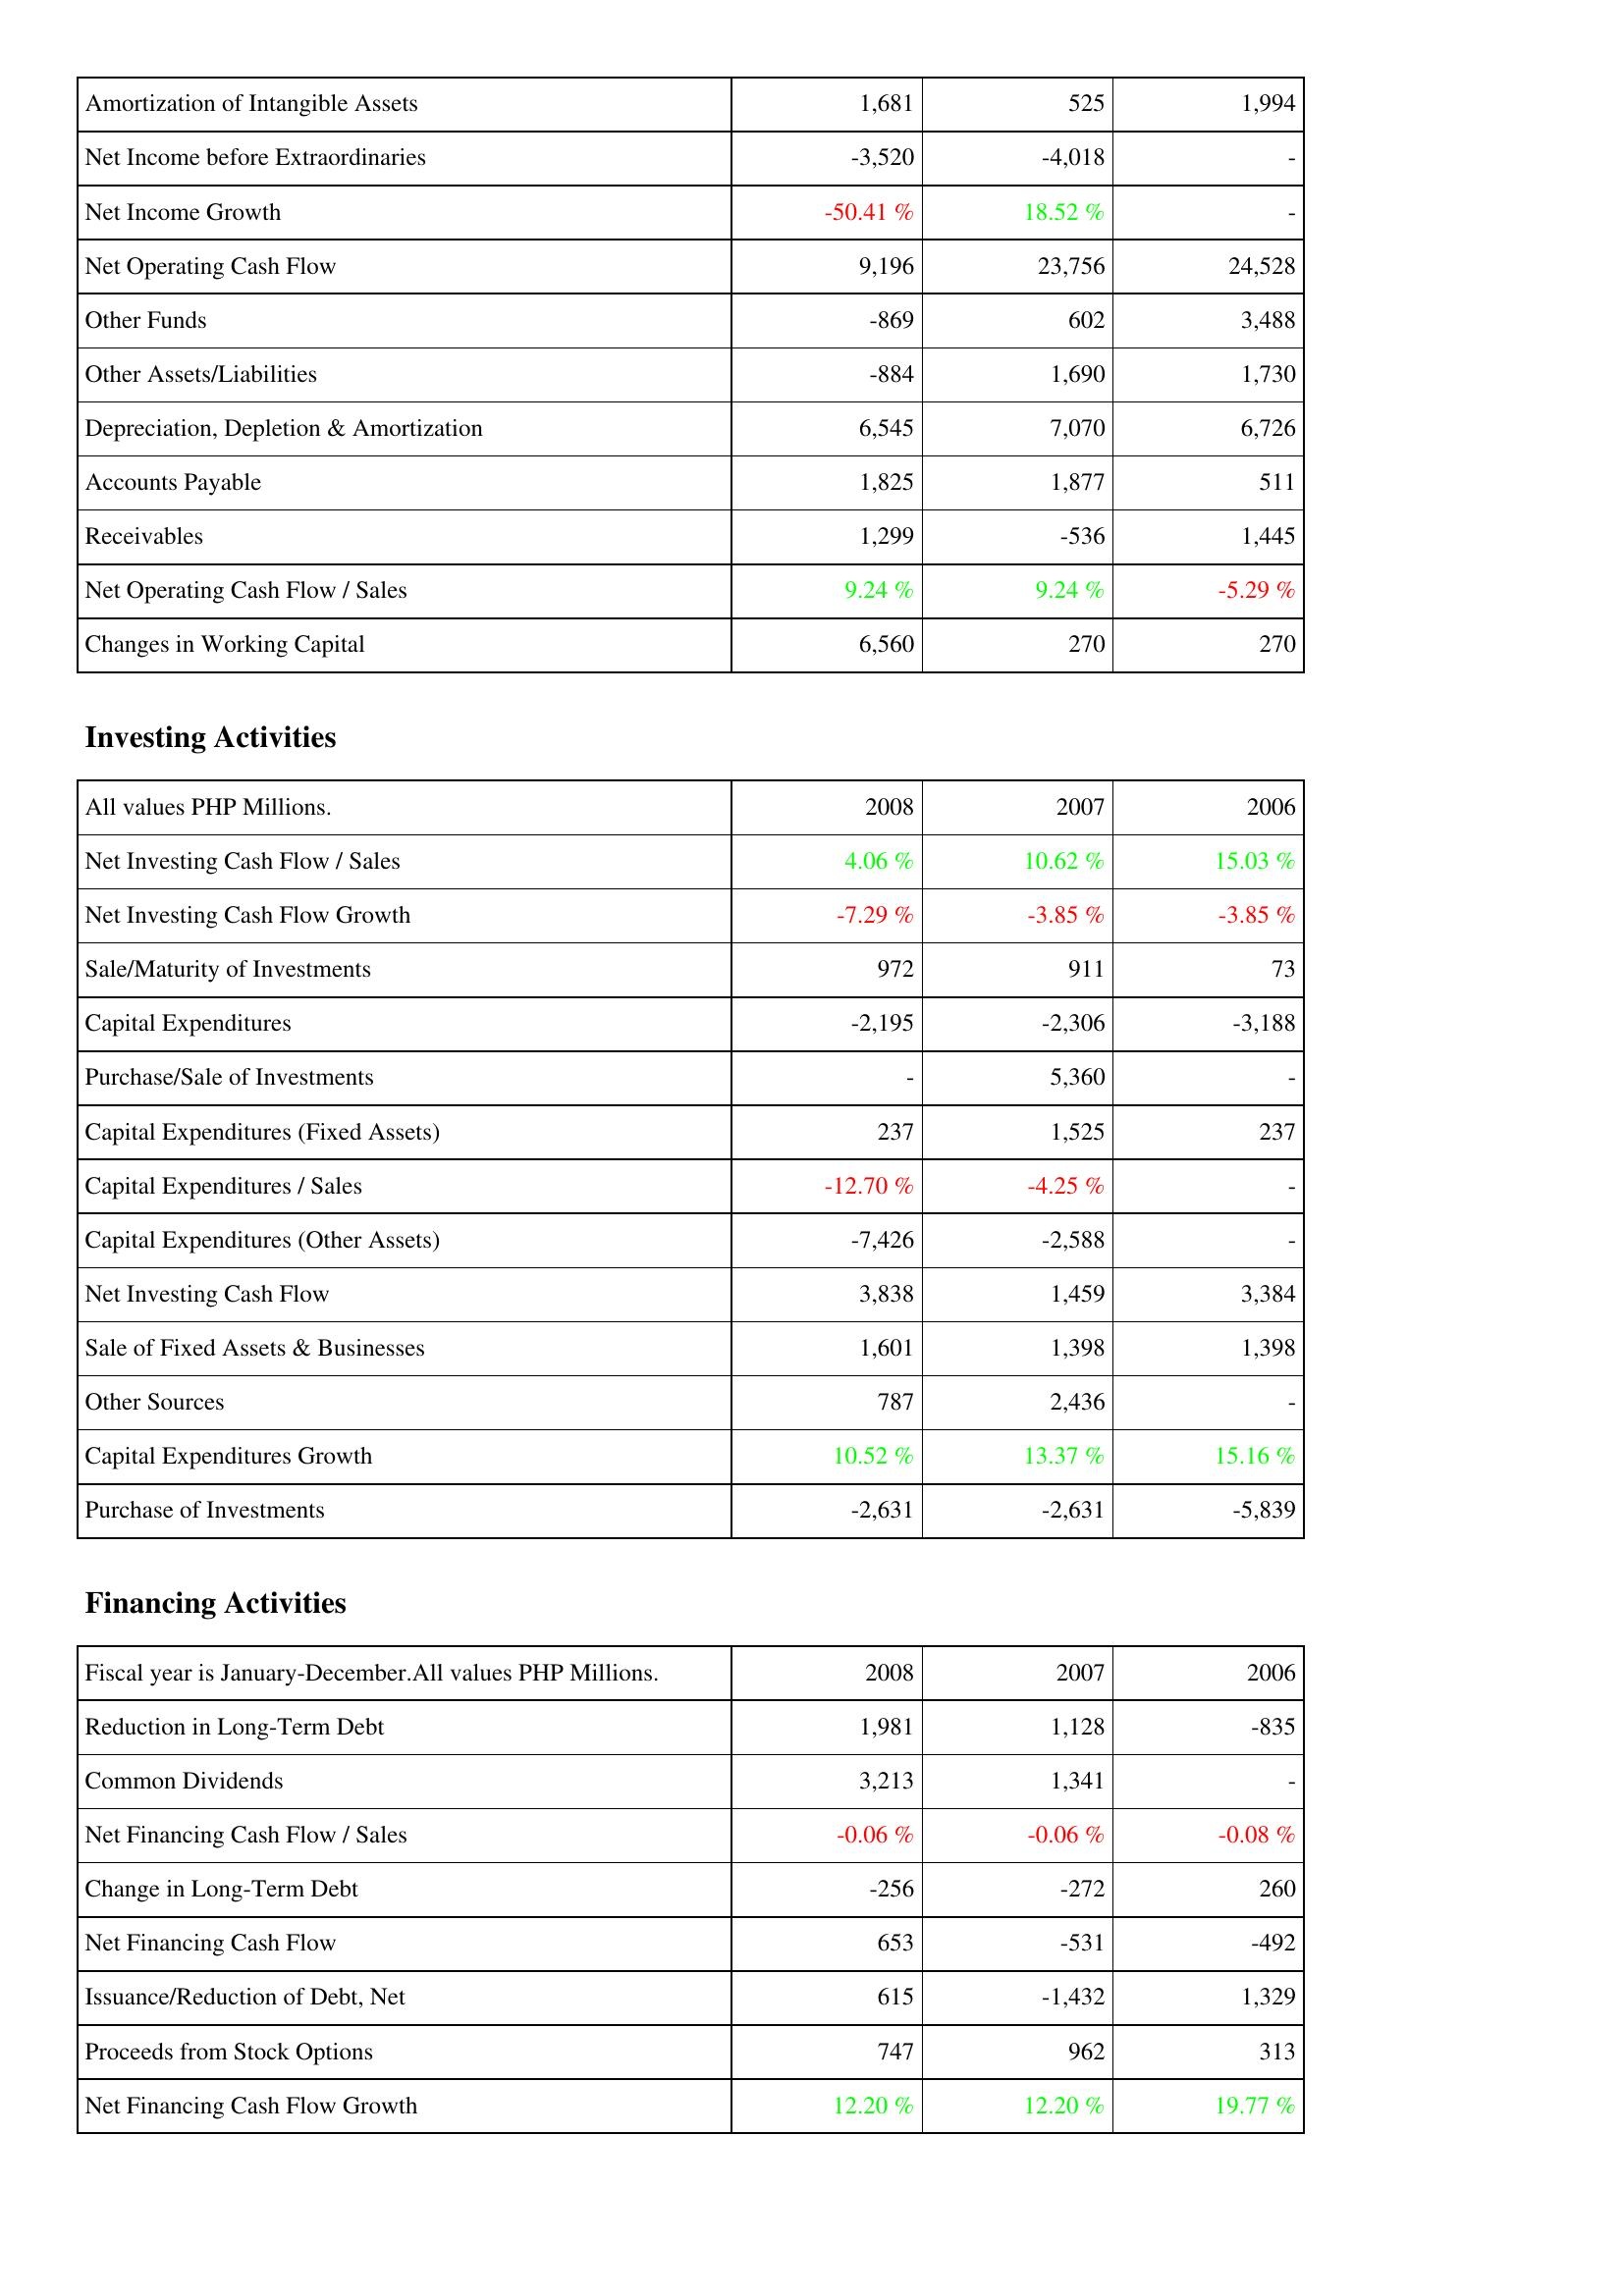
2008: Operating Activities: Amortization of Intangible Assets: 1,681
Net Income before Extraordinaries: -3,520
Net Income Growth: -50.41 %
Net Operating Cash Flow: 9,196
Other Funds: -869
Other Assets/Liabilities: -884
Depreciation, Depletion & Amortization: 6,545
Accounts Payable: 1,825
Receivables: 1,299
Net Operating Cash Flow / Sales: 9.24 %
Changes in Working Capital: 6,560
Investing Activities: Net Investing Cash Flow / Sales: 4.06 %
Net Investing Cash Flow Growth: -7.29 %
Sale/Maturity of Investments: 972
Capital Expenditures: -2,195
Purchase/Sale of Investments: -
Capital Expenditures (Fixed Assets): 237
Capital Expenditures / Sales: -12.70 %
Capital Expenditures (Other Assets): -7,426
Net Investing Cash Flow: 3,838
Sale of Fixed Assets & Businesses: 1,601
Other Sources: 787
Capital Expenditures Growth: 10.52 %
Purchase of Investments: -2,631
Financing Activities: Reduction in Long-Term Debt: 1,981
Common Dividends: 3,213
Net Financing Cash Flow / Sales: -0.06 %
Change in Long-Term Debt: -256
Net Financing Cash Flow: 653
Issuance/Reduction of Debt, Net: 615
Proceeds from Stock Options: 747
Net Financing Cash Flow Growth: 12.20 %
2007: Operating Activities: Amortization of Intangible Assets: 525
Net Income before Extraordinaries: -4,018
Net Income Growth: 18.52 %
Net Operating Cash Flow: 23,756
Other Funds: 602
Other Assets/Liabilities: 1,690
Depreciation, Depletion & Amortization: 7,070
Accounts Payable: 1,877
Receivables: -536
Net Operating Cash Flow / Sales: 9.24 %
Changes in Working Capital: 270
Investing Activities: Net Investing Cash Flow / Sales: 10.62 %
Net Investing Cash Flow Growth: -3.85 %
Sale/Maturity of Investments: 911
Capital Expenditures: -2,306
Purchase/Sale of Investments: 5,360
Capital Expenditures (Fixed Assets): 1,525
Capital Expenditures / Sales: -4.25 %
Capital Expenditures (Other Assets): -2,588
Net Investing Cash Flow: 1,459
Sale of Fixed Assets & Businesses: 1,398
Other Sources: 2,436
Capital Expenditures Growth: 13.37 %
Purchase of Investments: -2,631
Financing Activities: Reduction in Long-Term Debt: 1,128
Common Dividends: 1,341
Net Financing Cash Flow / Sales: -0.06 %
Change in Long-Term Debt: -272
Net Financing Cash Flow: -531
Issuance/Reduction of Debt, Net: -1,432
Proceeds from Stock Options: 962
Net Financing Cash Flow Growth: 12.20 %
2006: Operating Activities: Amortization of Intangible Assets: 1,994
Net Income before Extraordinaries: -
Net Income Growth: -
Net Operating Cash Flow: 24,528
Other Funds: 3,488
Other Assets/Liabilities: 1,730
Depreciation, Depletion & Amortization: 6,726
Accounts Payable: 511
Receivables: 1,445
Net Operating Cash Flow / Sales: -5.29 %
Changes in Working Capital: 270
Investing Activities: Net Investing Cash Flow / Sales: 15.03 %
Net Investing Cash Flow Growth: -3.85 %
Sale/Maturity of Investments: 73
Capital Expenditures: -3,188
Purchase/Sale of Investments: -
Capital Expenditures (Fixed Assets): 237
Capital Expenditures / Sales: -
Capital Expenditures (Other Assets): -
Net Investing Cash Flow: 3,384
Sale of Fixed Assets & Businesses: 1,398
Other Sources: -
Capital Expenditures Growth: 15.16 %
Purchase of Investments: -5,839
Financing Activities: Reduction in Long-Term Debt: -835
Common Dividends: -
Net Financing Cash Flow / Sales: -0.08 %
Change in Long-Term Debt: 260
Net Financing Cash Flow: -492
Issuance/Reduction of Debt, Net: 1,329
Proceeds from Stock Options: 313
Net Financing Cash Flow Growth: 19.77 %